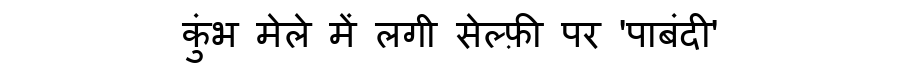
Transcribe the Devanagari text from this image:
कुंभ मेले में लगी सेल्फ़ी पर 'पाबंदी'